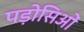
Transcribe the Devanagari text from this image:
पड़ोसिओं